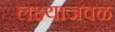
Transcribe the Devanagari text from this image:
लक्ष्याजवळ